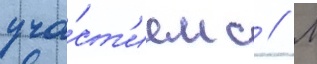
уча́ст'ием с // М